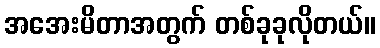
အအေးမိတာအတွက် တစ်ခုခုလိုတယ်။